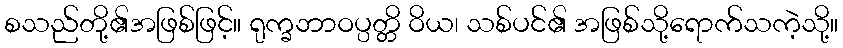
စသည်တို့၏အဖြစ်ဖြင့်။ ရုက္ခဘာဝပ္ပတ္တိ ဝိယ၊ သစ်ပင်၏ အဖြစ်သို့ရောက်သကဲ့သို့။